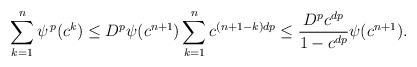
LaTeX: \begin{align*}\sum_{k=1}^n\psi^{\, p}(c^k) \le D^p \psi(c^{n+1}) \sum_{k=1}^n c^{(n+1-k)dp}\le\frac{D^p c^{dp}}{1-c^{dp}} \psi(c^{n+1}).\end{align*}